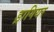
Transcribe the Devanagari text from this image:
ड्रागियर